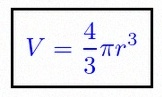
V=\frac43\pi r^3